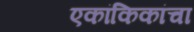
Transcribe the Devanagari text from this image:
एकांकिकांचा